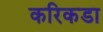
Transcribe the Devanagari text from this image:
करिकडा